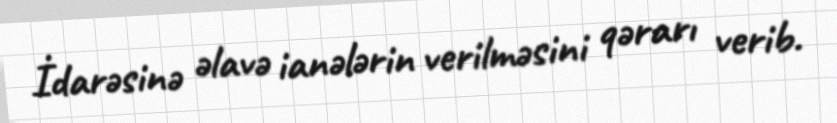
İdarəsinə əlavə ianələrin verilməsini qərarı verib.